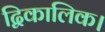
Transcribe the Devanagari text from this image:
द्विकालिक।